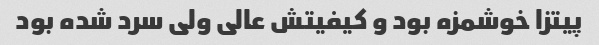
پیتزا خوشمزه بود و کیفیتش عالی ولی سرد شده بود